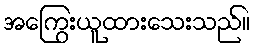
အကြွေးယူထားသေးသည်။